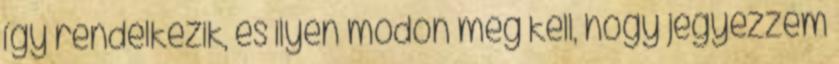
így rendelkezik, és ilyen módon meg kell, hogy jegyezzem